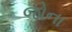
જોના